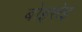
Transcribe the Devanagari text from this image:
बोइसेइ